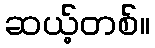
ဆယ့်တစ်။